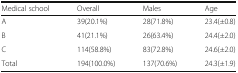
| Medical school | Overall | Males | Age |
 | --- | --- | --- | --- |
 | A | 39(20.1%) | 28(71.8%) | 23.4(±0.8) |
 | B | 41(21.1%) | 26(63.4%) | 24.4(±2.0) |
 | C | 114(58.8%) | 83(72.8%) | 24.6(±2.0) |
 | Total | 194(100.0%) | 137(70.6%) | 24.3(±1.9) |